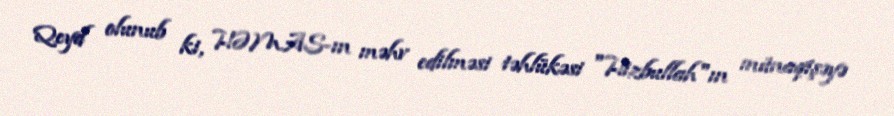
Qeyd olunub ki, HƏMAS-ın məhv edilməsi təhlükəsi "Hizbullah"ın münaqişəyə